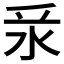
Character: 𣲛